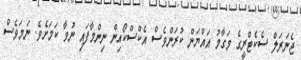
ޖެނަރަލް ސެކެޓްރީގެ މަގާމު އައްޔަން ކުރަންވެސް އެކްސްކޯއިން ނިންމާފައި ނުވާ ކަމަށެވެ. ނަމަވެސް